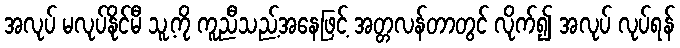
အလုပ် မလုပ်နိုင်မီ သူ့ကို ကူညီသည့်အနေဖြင့် အတ္တလန်တာတွင် လိုက်၍ အလုပ် လုပ်ရန်